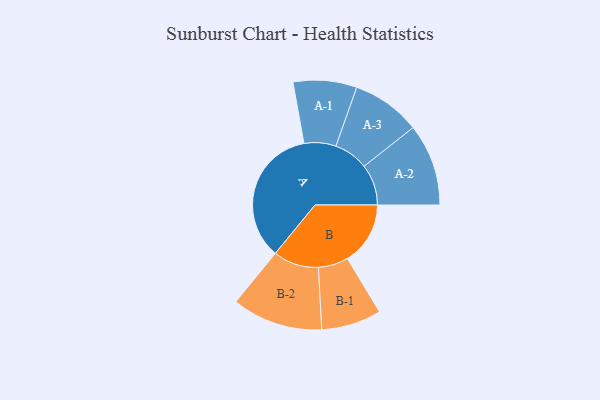
{"axis": {"x": "Segment", "y": "Value"}, "legend": ["", "A", "B"], "data": [{"x": "A", "y": 470, "type": ""}, {"x": "B", "y": 212, "type": ""}, {"x": "A-1", "y": 107, "type": "A"}, {"x": "A-2", "y": 138, "type": "A"}, {"x": "A-3", "y": 116, "type": "A"}, {"x": "B-1", "y": 101, "type": "B"}, {"x": "B-2", "y": 153, "type": "B"}]}